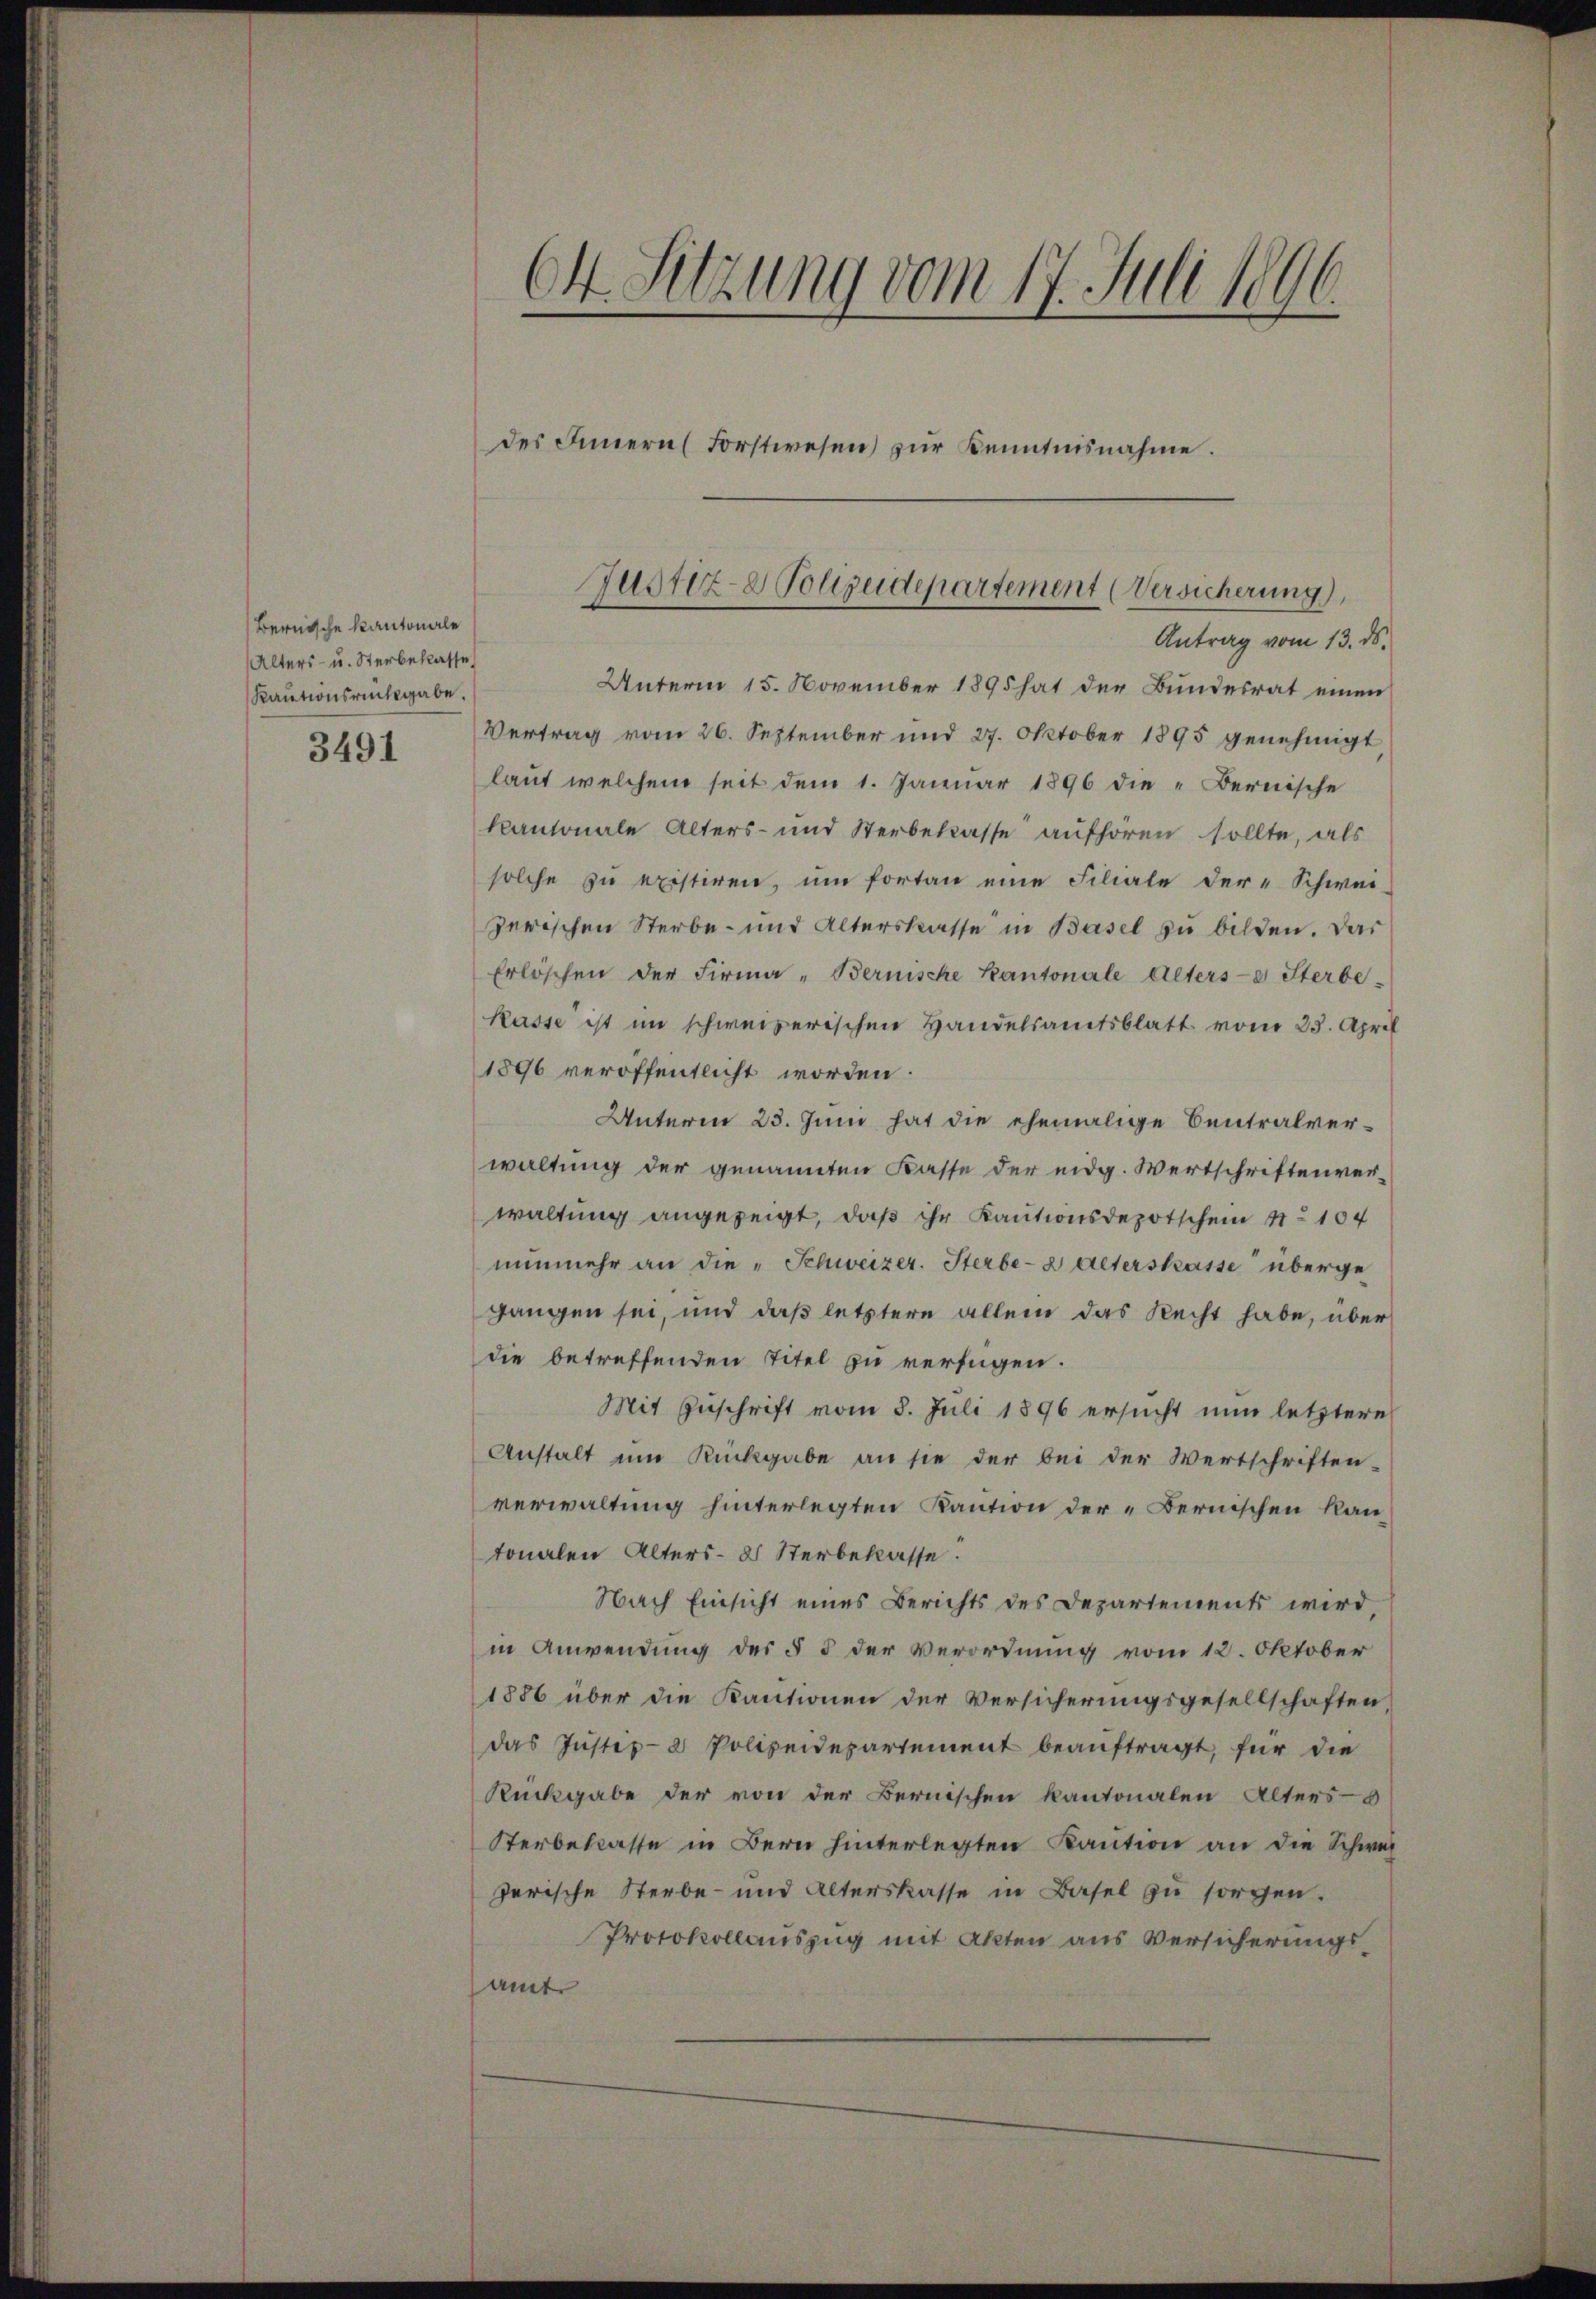
Bernische Kantonale
Alters- u. Sterbeklasse
Kautionsrückgabe.

3491

Antrag vom 13. ds.
Unterm 15. November 1895 hat der Bundesrat einen
Vertrag vom 26. September und 27. Oktober 1895 genehmigt
laut welchem seit dem 1. Januar 1896 die Bernische
Kantonale Alters- und Sterbekasse aufhören sollte, als
solche zŭ existiren, um fortan eine Filiale der-Schwei-
zerischen Sterbe- und Alterskasse in Basel zu bilden. Das
Erlöschen der Firma „Bernische Kantonale Alters-e Sterbe-
Kasse ist im schweizerischen Handelsamtsblatt vom 23. April
1896 veröffentlicht worden.
Unterm 23. Juni hat die ehemalige Centralverwaltung der genannten Kasse der eidg. Wertschriften verwaltung angezeigt, daß ihr Kautionsdepotschen 11. 104
nŭnmehr an die „Schweizer. Sterbes alterskasse überge-
gangen sei, und daß letztere allem das Recht habe, über
die betreffenden Titel zu verfügen.
Mit Zuschrift vom 8. Juli 1896 ersucht nun letztere
Anstalt um Rückgabe an sie der bei der Wertschriften-
verwaltung hinterlegten Kaution der „Bernischen Kan
tonalen Alters- & Sterbekasse.
Nach Einsicht eines Berichts des Departements wird,
in Anwendung des § 5 der Verordnung vom 12. Oktober
1886 über die Kautionen der Versicherungsgesellschaften,
das Justiz- & Polizeidepartement beaŭftragt, für die
Rückgabe der von der Bernischen kantonalen Alters-
Sterbeklasse in Bern hinterlegten Kaution an die Schweizerische Sterbe- und Alterskasse in Basel zu sorgen.
Protokollauszug mit Akten aus Versicherungs-
amt

O Sitzung vom 17. Juli 1896.
des Innern (Forstwesen zŭr Kenntnisnahme.

Justiz- & Polizeidepartement (Versicherung),